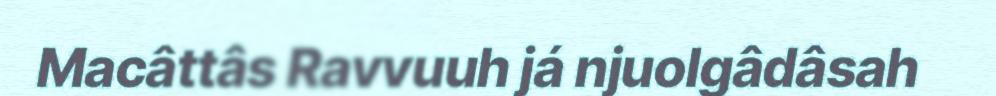
Macâttâs Ravvuuh já njuolgâdâsah